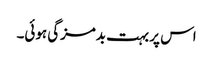
اس پر بہت بدمزگی ہوئی۔